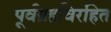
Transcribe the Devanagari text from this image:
पूर्वग्रहविरहित